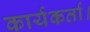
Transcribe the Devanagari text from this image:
कार्यकर्ता।